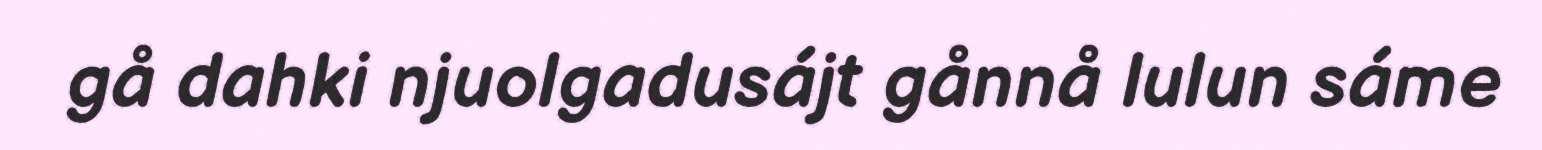
gå dahki njuolgadusájt gånnå lulun sáme